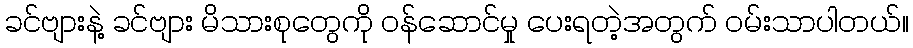
ခင်ဗျားနဲ့ ခင်ဗျား မိသားစုတွေကို ဝန်ဆောင်မှု ပေးရတဲ့အတွက် ဝမ်းသာပါတယ်။